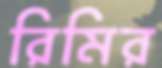
রিমির